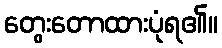
တွေးတောထားပုံရ၏။